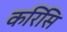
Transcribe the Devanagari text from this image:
करिसि